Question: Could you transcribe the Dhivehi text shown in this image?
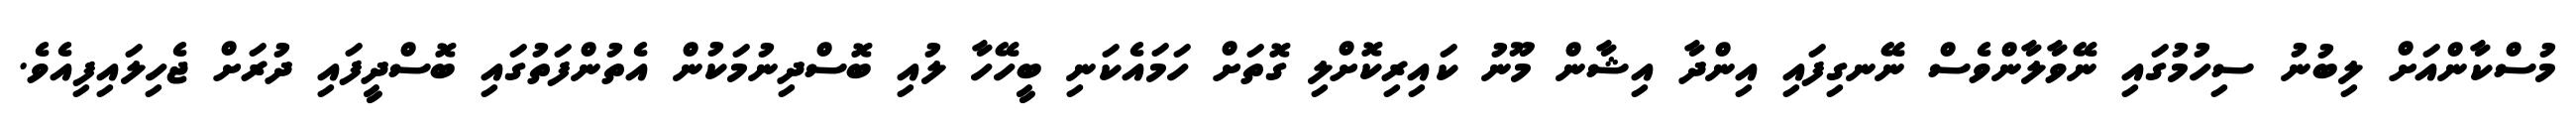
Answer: މުސްކާންއަށް ލިބުނު ސިހުމުގައި ނޭވާލާންވެސް ނޭނގިފައި އިންދާ އިޝާން މޫނު ކައިރިކޮށްލި ގޮތަށް ހަމައެކަނި ބީހޭހާ ލުއި ބޮސްދިނުމަކުން އެތުންފަތުގައި ބޮސްދީފައި ދުރަށް ޖެހިލައިފިއެވެ.